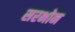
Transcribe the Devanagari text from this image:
सरभोन